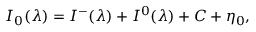
I _ { 0 } ( \lambda ) = I ^ { - } ( \lambda ) + I ^ { 0 } ( \lambda ) + C + \eta _ { 0 } ,